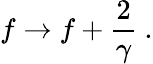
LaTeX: f\rightarrow f+\frac{2}{\gamma}~.